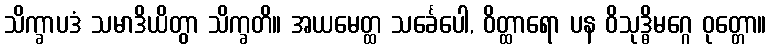
သိက္ခာပဒံ သမာဒိယိတွာ သိက္ခတိ။ အယမေတ္ထ သင်္ခေပေါ, ဝိတ္ထာရော ပန ဝိသုဒ္ဓိမဂ္ဂေ ဝုတ္တော။